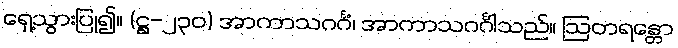
ရှေ့သွားပြု၍။ (ဋ္ဌ-၂၃၀) အာကာသဂင်္ဂံ၊ အာကာသဂင်္ဂါသည်။ ဩတရန္တော